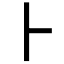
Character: ⺊